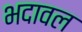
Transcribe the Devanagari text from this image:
भदावल